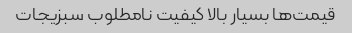
قیمت‌ها بسیار بالا کیفیت نامطلوب سبزیجات